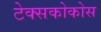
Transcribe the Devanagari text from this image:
टेक्सकोकोस